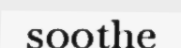
soothe